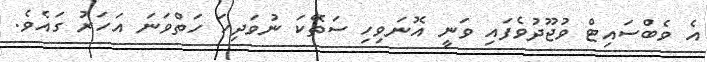
އެ ވެބްސައިޓް ވުޖޫދުވެފައި ވަނީ އޮނަވިހި ސަތޭކަ ނުވަދިހަ ހަތްވަނަ އަހަރު ގައެވެ.